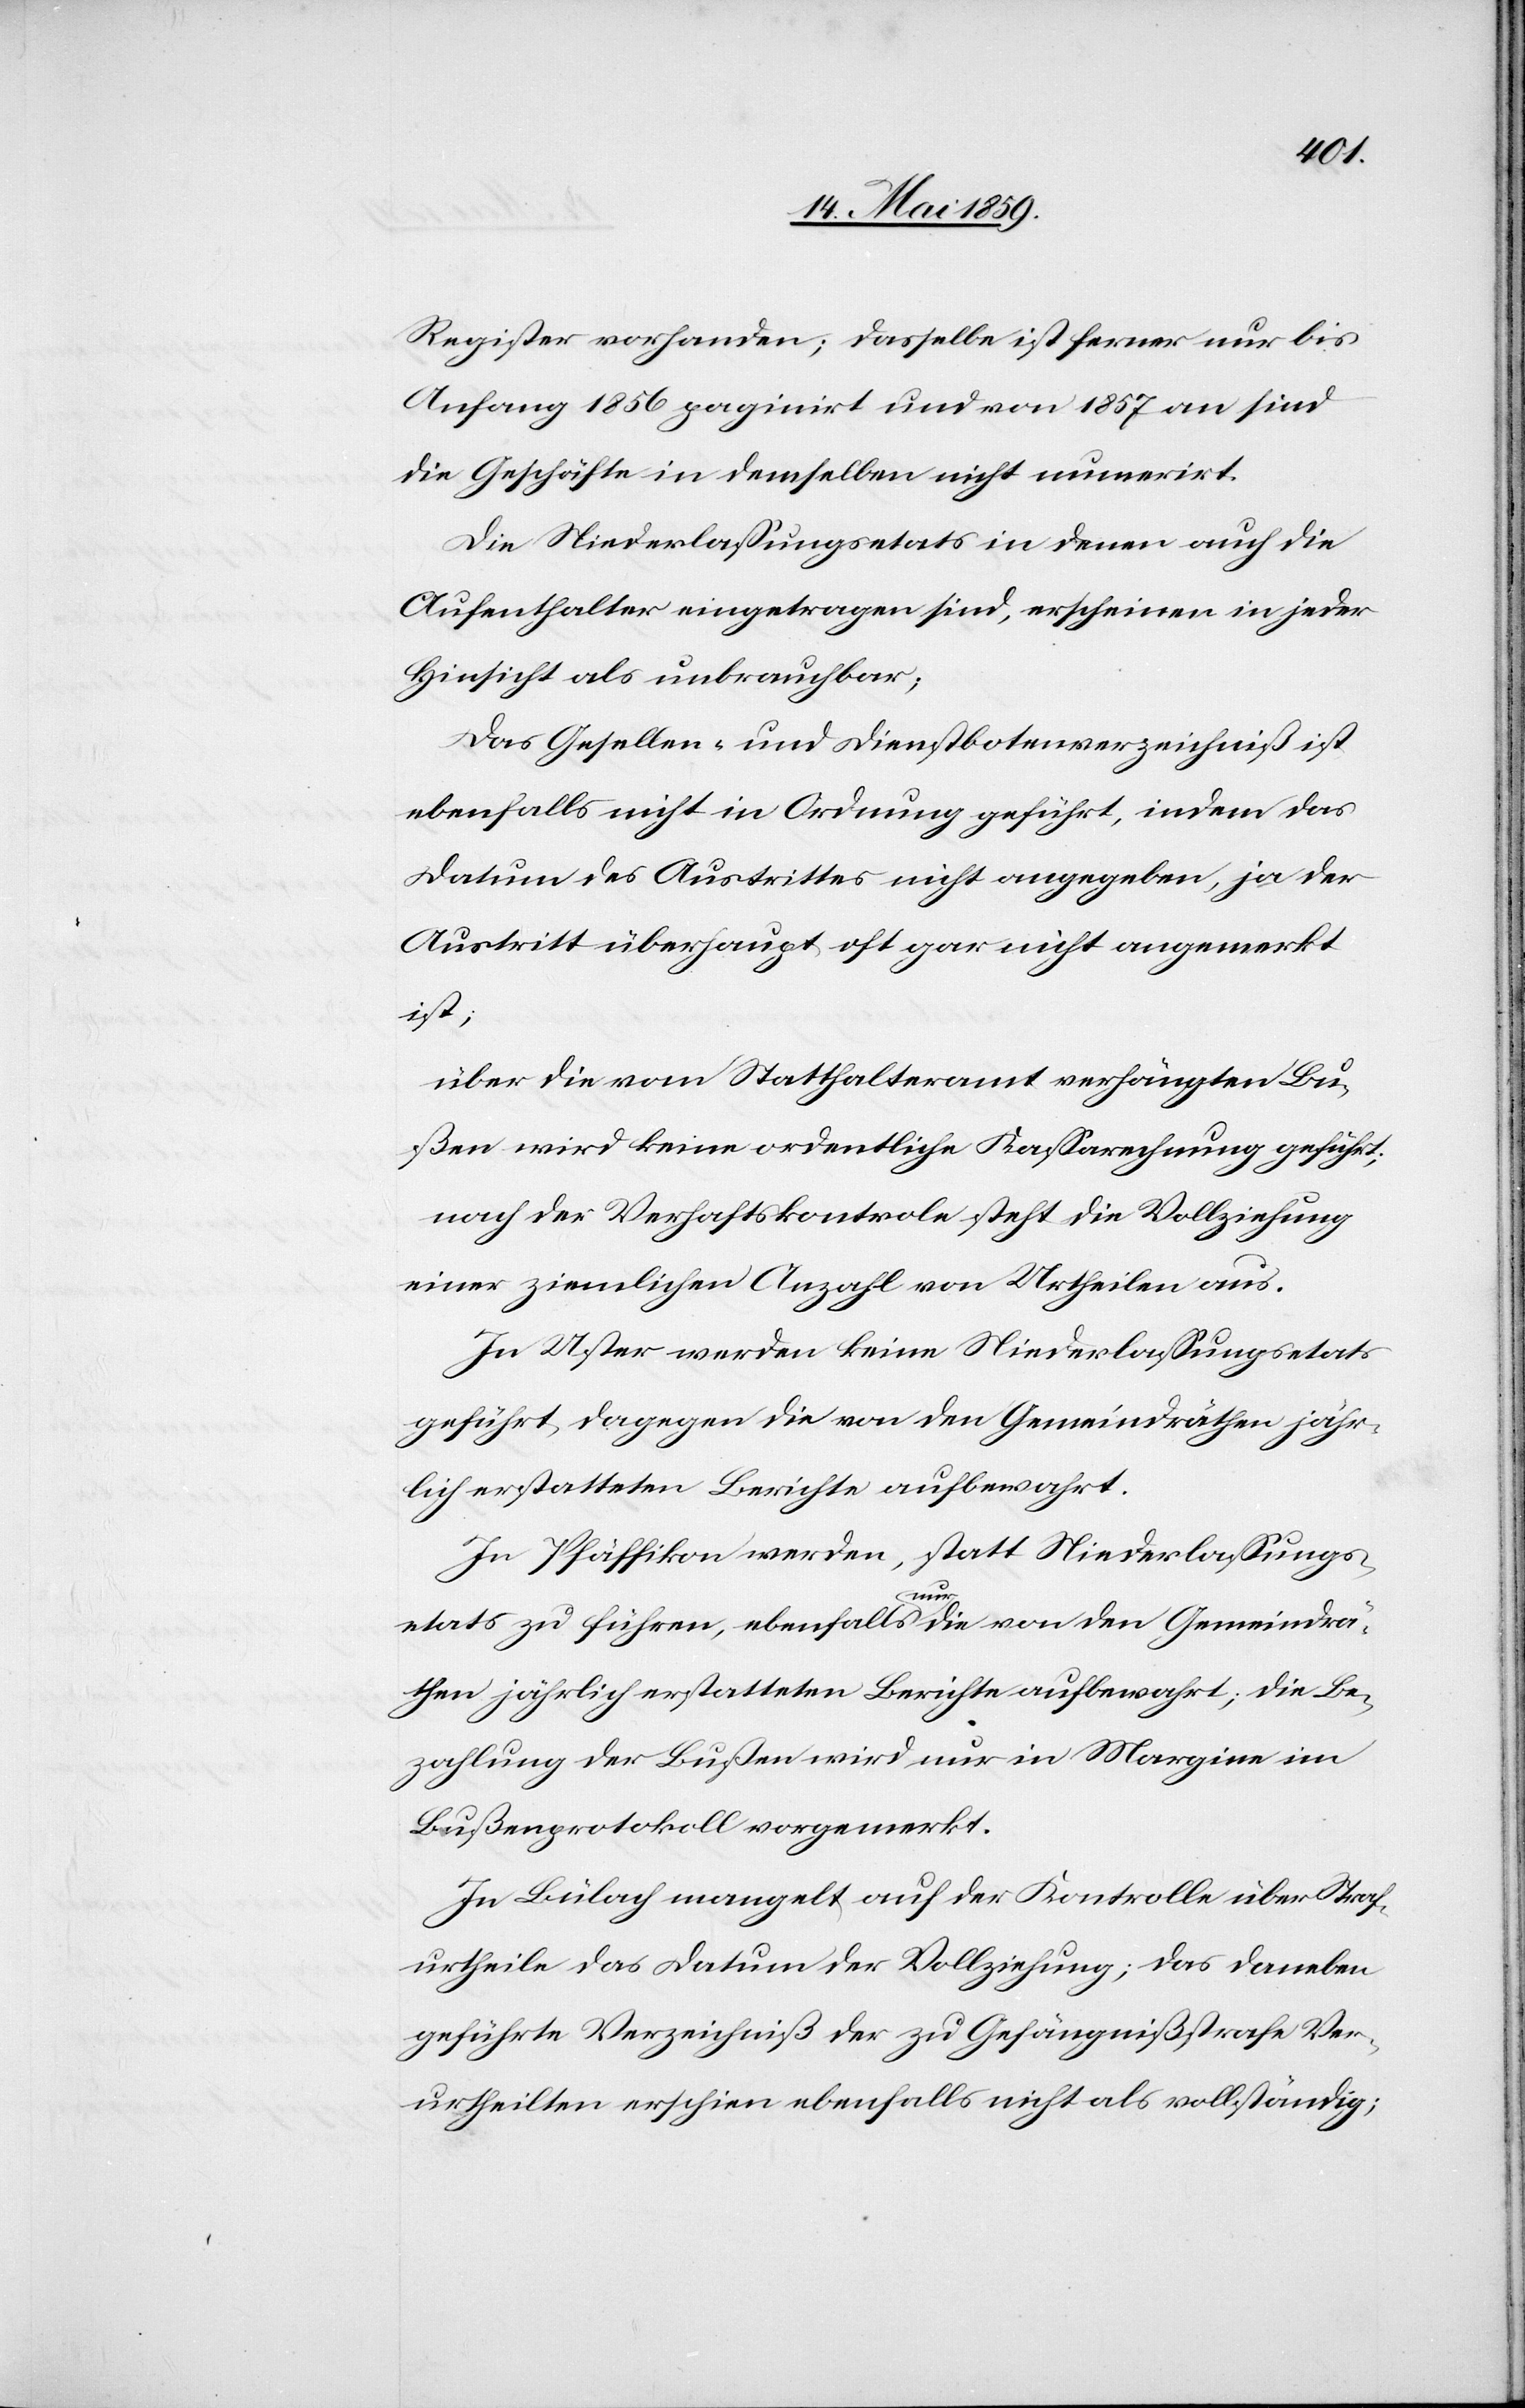
Register vorhanden; dasselbe ist ferner nur bis
Anfang 1856 paginirt und von 1857 an sind
die Geschäfte in demselben nicht numerirt.
Die Niederlaßungsetats in denen auch die
Aufenthalter eingetragen sind, erscheinen in jeder
Hinsicht als unbrauchbar;
Das Gesellen- und Dienstbotenverzeichniß ist
ebenfalls nicht in Ordnung geführt, indem das
Datum des Austrittes nicht angegeben, ja der
Austritt überhaupt oft gar nicht angemerkt
ist;
über die vom Statthalteramt verhängten Bu¬
ßen wird keine ordentliche Kaßarechnung geführt;
nach der Verhaftskontrole steht die Vollziehung
einer ziemlichen Anzahl von Urtheilen aus.
In Uster werden keine Niederlaßungsetats
geführt, dagegen die von den Gemeindräthen jähr¬
lich erstatteten Berichte aufbewahrt.
In Pfäffikon werden, statt Niederlaßungs¬
etats zu führen, ebenfalls nur die von den Gemeindrä¬
then jährlich erstatteten Berichte aufbewahrt; die Be¬
zahlung der Bußen wird nur in Margine im
Bußenprotokoll vorgemerkt.
In Bülach mangelt auf der Kontrolle über Straf¬
urtheile das Datum der Vollziehung; das daneben
geführte Verzeichniß der zu Gefängnißstrafe Ver¬
urtheilten erschien ebenfalls nicht als vollständig;